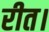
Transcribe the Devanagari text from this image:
रीत।